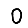
Digit: 0